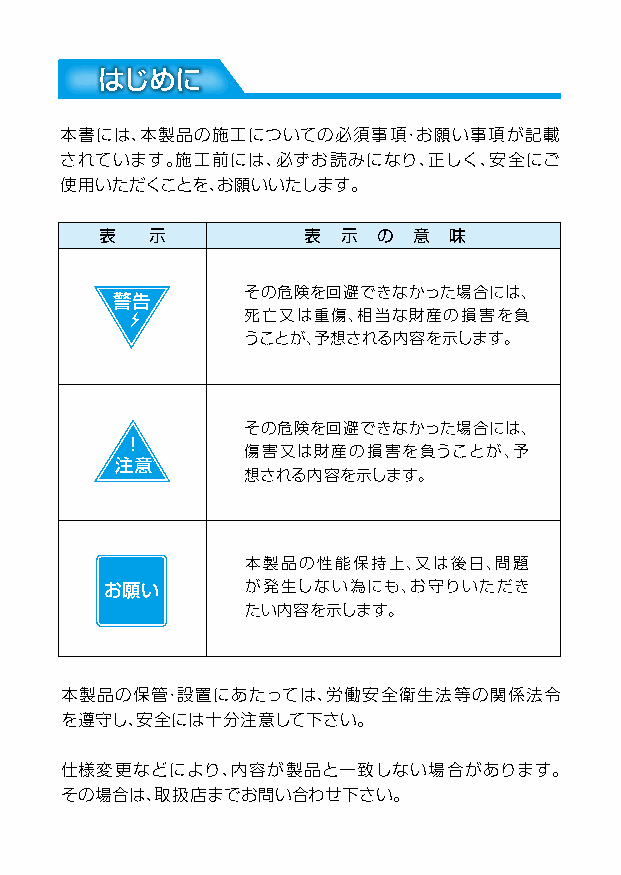
はじめに
 本書には、本製品の施工についての必須事項・お願い事項が記載
 されています。施工前には、必ずお読みになり、正しく、安全にご
 使用いただくことを、お願いいたします。
 表  示         表  示 の 意  味
 その危険を回避できなかった場合には、
 警告
 死亡又は重傷、相当な財産の損害を負
 うことが、予想される内容を示します。
 その危険を回避できなかった場合には、
 ！
 傷害又は財産の損害を負うことが、予
 注意
 想される内容を示します。
 本製品の性能保持上、又は後日、問題
 お願い      が発生しない為にも、お守りいただき
 たい内容を示します。
 本製品の保管・設置にあたっては、労働安全衛生法等の関係法令
 を遵守し、安全には十分注意して下さい。
 仕様変更などにより、内容が製品と一致しない場合があります。
 その場合は、取扱店までお問い合わせ下さい。